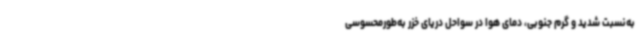
به‌نسبت شدید و گرم جنوبی، دمای هوا در سواحل دریای خزر به‌طورمحسوسی